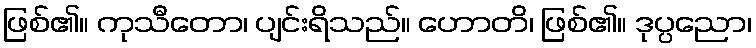
ဖြစ်၏။ ကုသီတော၊ ပျင်းရိသည်။ ဟောတိ၊ ဖြစ်၏။ ဒုပ္ပညော၊